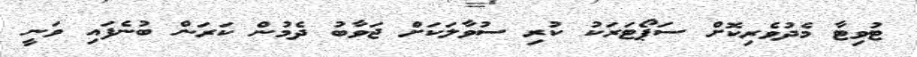
ޓުވިޓާ މެދުވެރިކޮށް ސަޕޯޓަރަކު ކުރި ސުވާލަކަށް ޖަވާބު ދެމުން ކަރަން ބުނެފައި ވަނީ